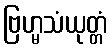
ဗြဟ္မသံယုတ္တံ